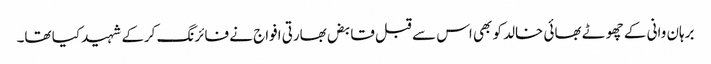
برہان وانی کے چھوٹے بھائی خالد کو بھی اس سے قبل قابض بھارتی افواج نے فائرنگ کرکے شہید کیا تھا۔